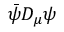
{ \bar { \psi } } D _ { \mu } \psi